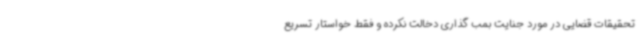
تحقیقات قضایی در مورد جنایت بمب گذاری دخالت نکرده و فقط خواستار تسریع